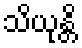
သိယုန္တိ